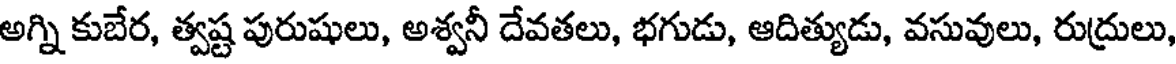
అగ్ని కుబేర, త్వష్ట పురుషులు, అశ్వనీ దేవతలు, భగుడు, ఆదిత్యుడు, వసువులు, రుద్రులు,